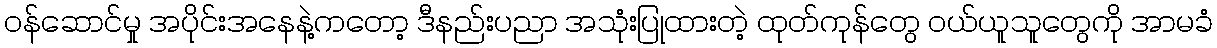
ဝန်ဆောင်မှု အပိုင်းအနေနဲ့ကတော့ ဒီနည်းပညာ အသုံးပြုထားတဲ့ ထုတ်ကုန်တွေ ဝယ်ယူသူတွေကို အာမခံ